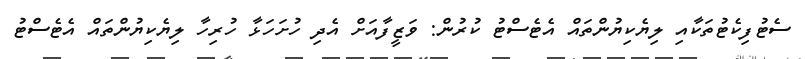
ސެޓުފިކެޓުތަކާއި ލިޔެކިޔުންތައް އެޓެސްޓު ކުރުން: ވަޒީފާއަށް އެދި ހުށަހަޅާ ހުރިހާ ލިޔެކިޔުންތައް އެޓެސްޓު